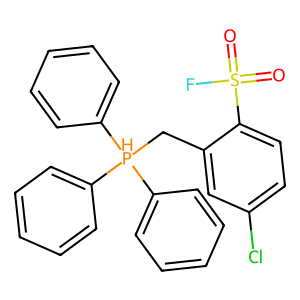
SMILES: O=S(=O)(F)c1ccc(Cl)cc1C[PH](c1ccccc1)(c1ccccc1)c1ccccc1
Inhibits HIV replication: No